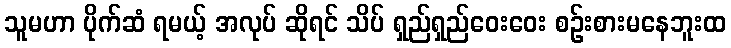
သူမဟာ ပိုက်ဆံ ရမယ့် အလုပ် ဆိုရင် သိပ် ရှည်ရှည်ဝေးဝေး စဉ်းစားမနေဘူးထ